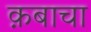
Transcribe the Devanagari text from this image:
क़बाचा